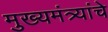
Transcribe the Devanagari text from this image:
मुख्यमंत्र्यांचे